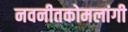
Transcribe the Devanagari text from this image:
नवनीतकोमलांगी